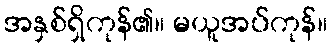
အနှစ်ရှိကုန်၏။ မယူအပ်ကုန်။